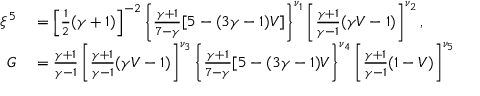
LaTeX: \begin{array} { r l } { \xi ^ { 5 } } & { { } = \left[ { \frac { 1 } { 2 } } ( \gamma + 1 ) \right] ^ { - 2 } \left\{ { \frac { \gamma + 1 } { 7 - \gamma } } [ 5 - ( 3 \gamma - 1 ) V ] \right\} ^ { \nu _ { 1 } } \left[ { \frac { \gamma + 1 } { \gamma - 1 } } ( \gamma V - 1 ) \right] ^ { \nu _ { 2 } } , } \\ { G } & { { } = { \frac { \gamma + 1 } { \gamma - 1 } } \left[ { \frac { \gamma + 1 } { \gamma - 1 } } ( \gamma V - 1 ) \right] ^ { \nu _ { 3 } } \left\{ { \frac { \gamma + 1 } { 7 - \gamma } } [ 5 - ( 3 \gamma - 1 ) V \right\} ^ { \nu _ { 4 } } \left[ { \frac { \gamma + 1 } { \gamma - 1 } } ( 1 - V ) \right] ^ { \nu _ { 5 } } } \end{array}